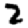
Digit: 2